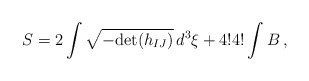
\begin{align*}S = 2 \int \sqrt{-\mbox{det}(h_{IJ})} \, d^3\xi + 4!4! \int B\,,\end{align*}